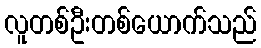
လူတစ်ဦးတစ်ယောက်သည်